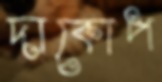
দাকোপ